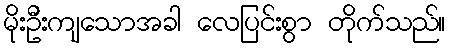
မိုးဦးကျသောအခါ လေပြင်းစွာ တိုက်သည်။